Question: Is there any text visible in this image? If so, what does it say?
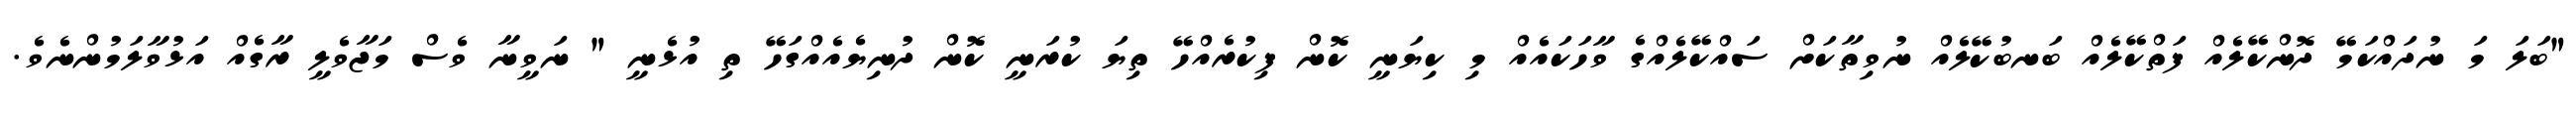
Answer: "ބަލަ މަ ނުދައްކަމޭ ދޮންކޭލެއް ފަތްކޭލެއް ބަނބުކޭލެއް ނުވިތާކަށް ސައްކޭލެއްގެ ވާހަކައެއް މި ކިޔަނީ ކޮން ފިކުރެއްހޭ ތިޔަ ކުރަނީ ކޮން ދުނިޔެއެއްގަހޭ ތި އުޅެނީ " ނަވީނާ ވެސް މަޖާވެލީ ރާގެއް އަޅުވާލަމުންނެވެ.